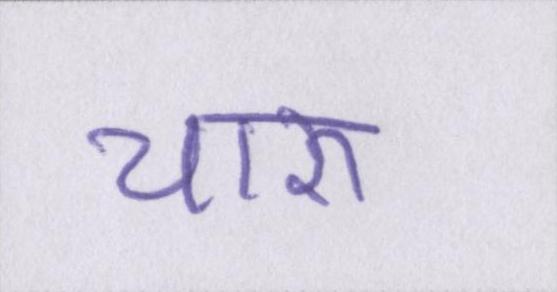
चारु